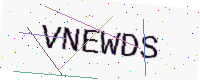
Text: VNEWDS